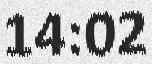
14:02